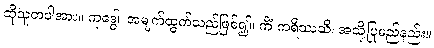
ထိုသူတပါအား။ ကုဒ္ဓေါ၊ အမျက်ထွက်သည်ဖြစ်၍။ ကိံ ကရိဿသိ၊ အသို့ပြုမည်နည်း။